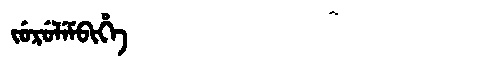
Manchu: ᠵᡠᡵᡠᠯᡝᠮᠪᡳᡥᡝ
Romanization: JURULEMBIHE